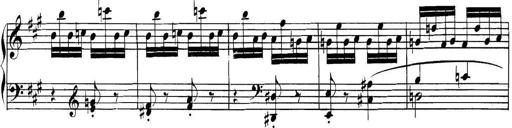
Title: Collected Piano Sonatas
Composer: Muzio Clementi